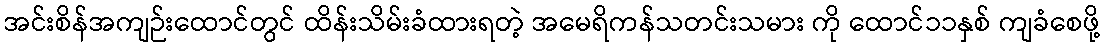
အင်းစိန်အကျဉ်းထောင်တွင် ထိန်းသိမ်းခံထားရတဲ့ အမေရိကန်သတင်းသမား ကို ထောင်၁၁နှစ် ကျခံစေဖို့